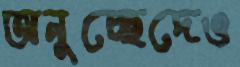
অনুচ্ছেদেও